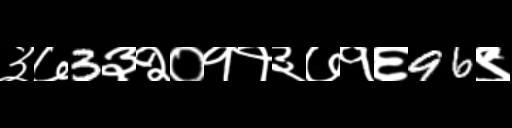
Text: ३७3३२०११३७१६96९